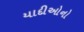
યાદીઓનો